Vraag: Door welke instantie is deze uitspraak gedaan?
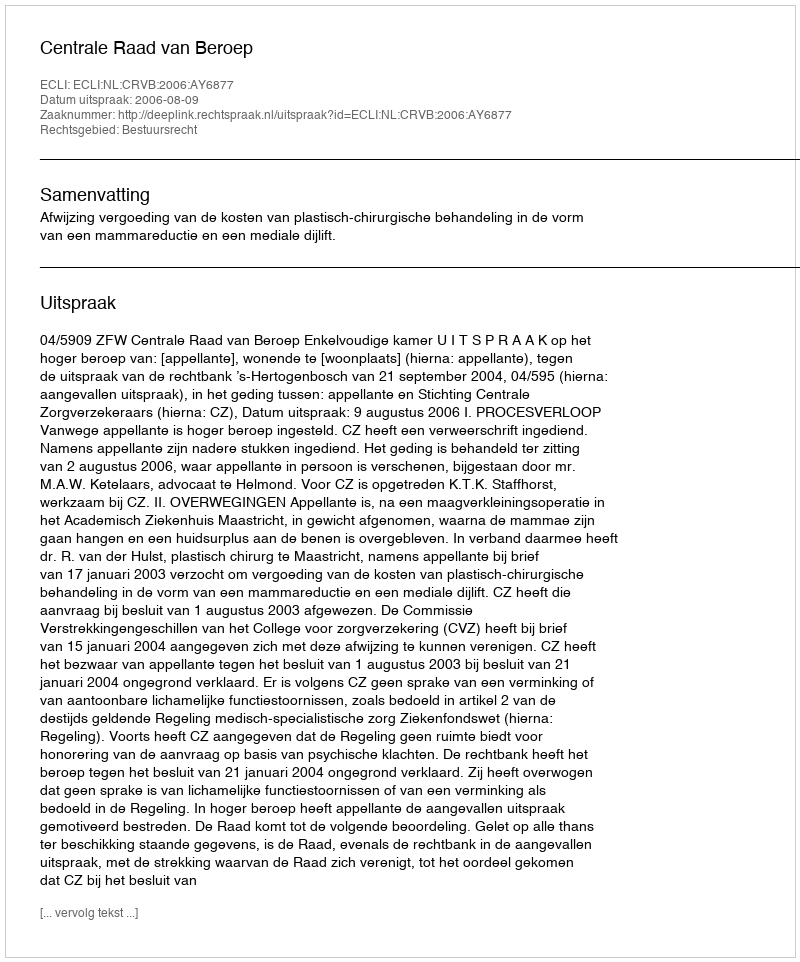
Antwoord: Centrale Raad van Beroep